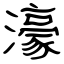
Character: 濠